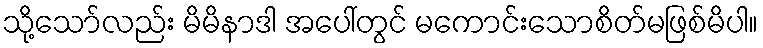
သို့သော်လည်း မိမိနာဒါ အပေါ်တွင် မကောင်းသောစိတ်မဖြစ်မိပါ။